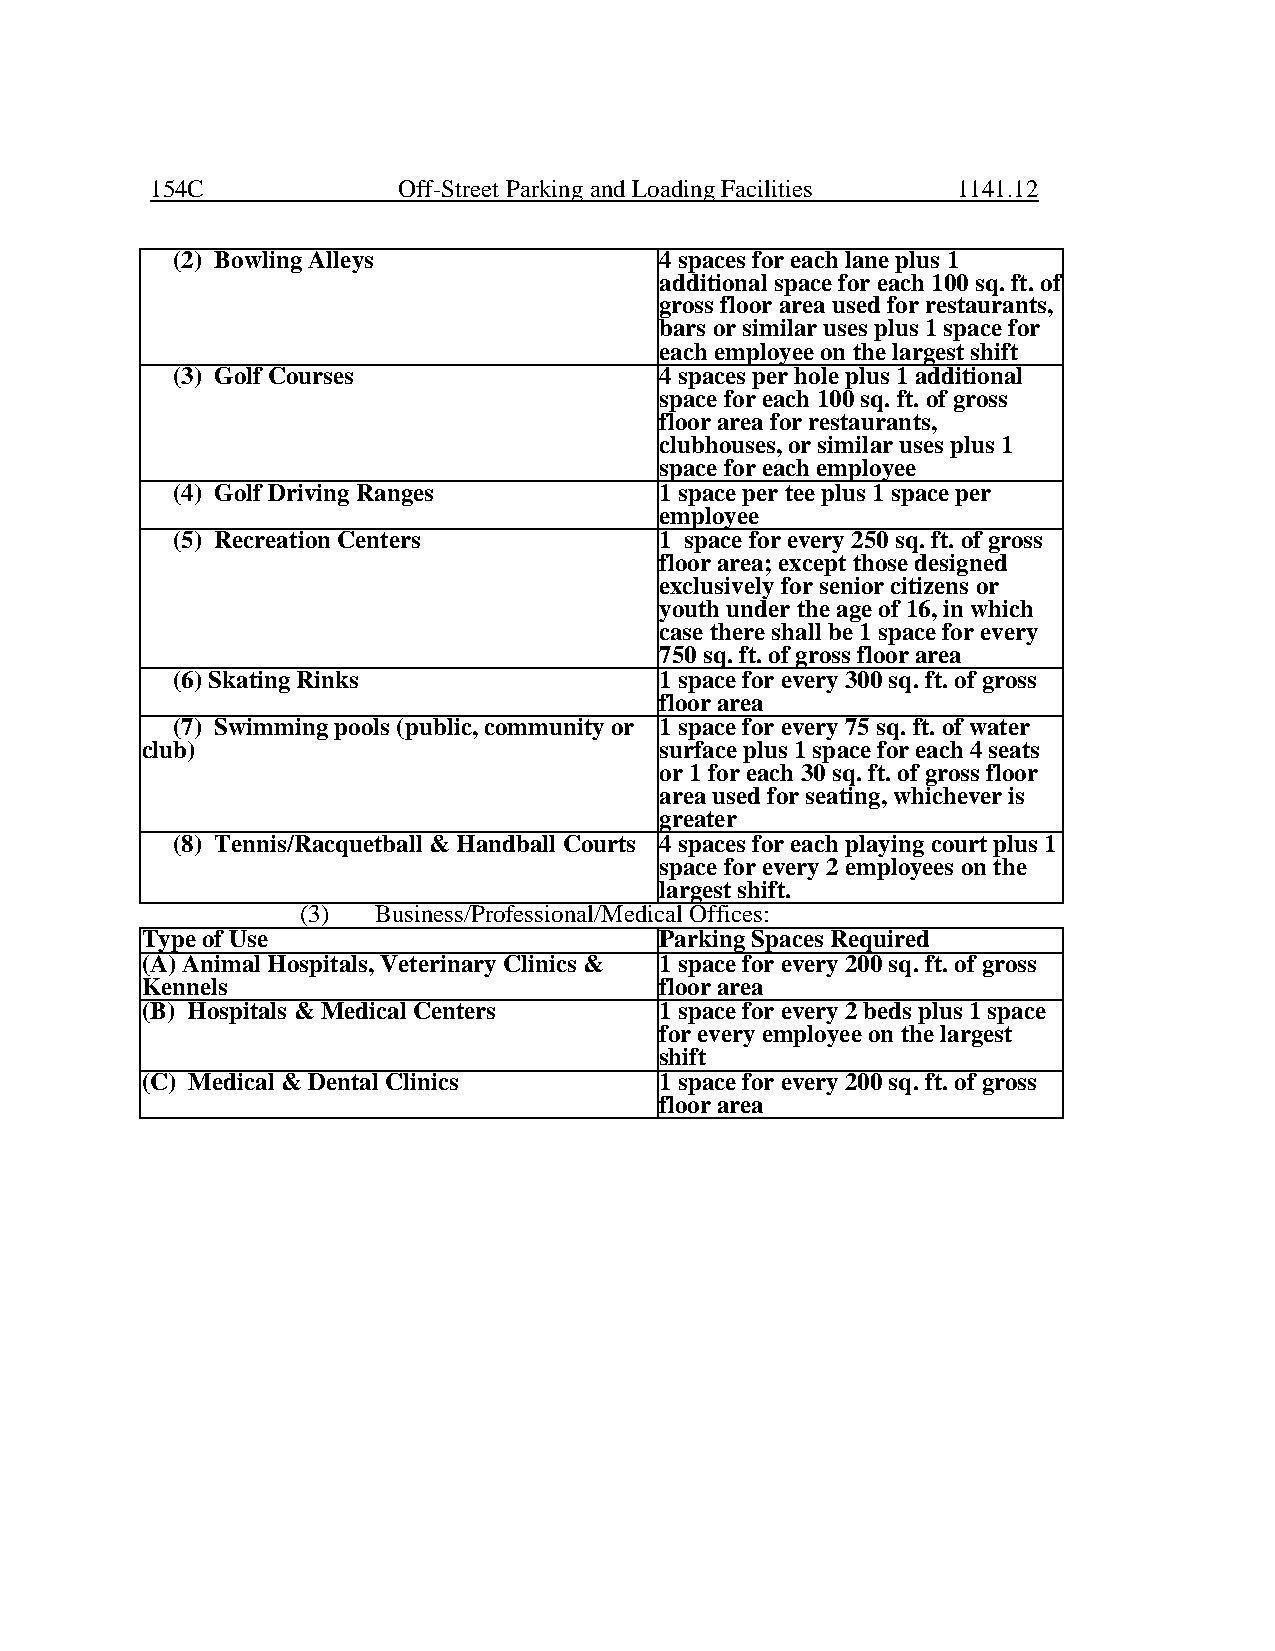
154C            Off-Street Parking and Loading Facilities 1141.12
 (2) Bowling Alleys               4 spaces for each lane plus 1
 additional space for each 100 sq. ft. of
 gross floor area used for restaurants,
 bars or similar uses plus 1 space for
 each employee on the largest shift
 (3) Golf Courses                 4 spaces per hole plus 1 additional
 space for each 100 sq. ft. of gross
 floor area for restaurants,
 clubhouses, or similar uses plus 1
 space for each employee
 (4) Golf Driving Ranges          1 space per tee plus 1 space per
 employee
 (5) Recreation Centers           1 space for every 250 sq. ft. of gross
 floor area; except those designed
 exclusively for senior citizens or
 youth under the age of 16, in which
 case there shall be 1 space for every
 750 sq. ft. of gross floor area
 (6) Skating Rinks                1 space for every 300 sq. ft. of gross
 floor area
 (7) Swimming pools (public, community or 1 space for every 75 sq. ft. of water
 club)                              surface plus 1 space for each 4 seats
 or 1 for each 30 sq. ft. of gross floor
 area used for seating, whichever is
 greater
 (8) Tennis/Racquetball & Handball Courts 4 spaces for each playing court plus 1
 space for every 2 employees on the
 largest shift.
 (3)  Business/Professional/Medical Offices:
 Type of Use                        Parking Spaces Required
 (A) Animal Hospitals, Veterinary Clinics & 1 space for every 200 sq. ft. of gross
 Kennels                            floor area
 (B) Hospitals & Medical Centers    1 space for every 2 beds plus 1 space
 for every employee on the largest
 shift
 (C) Medical & Dental Clinics       1 space for every 200 sq. ft. of gross
 floor area